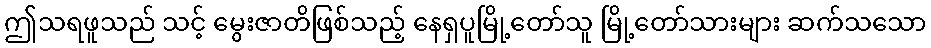
ဤသရဖူသည် သင့် မွေးဇာတိဖြစ်သည့် နေရှပူမြို့တော်သူ မြို့တော်သားများ ဆက်သသော